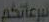
تبرعاتكم